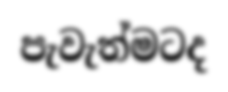
පැවැත්මටද